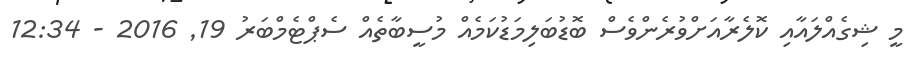
މީ ޝިގެއްލައާއި ކޮލެރާއަށްވުރެންވެސް ބޮޑުބަލިމަޑުކަމެއް މުސީބާތެއް ސެޕްޓެމްބަރު 19